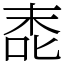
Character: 唜